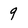
Character: 9